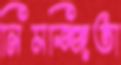
নিমজ্জিতা